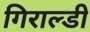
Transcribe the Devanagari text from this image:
गिराल्डी